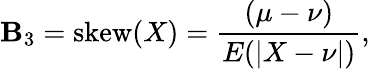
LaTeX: \mathbf{B}_{3}=\mathrm{{skew}}(X)={\frac{{(\mu-\nu)}}{{E(|X-\nu|)}}},